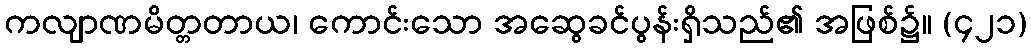
ကလျာဏမိတ္တတာယ၊ ကောင်းသော အဆွေခင်ပွန်းရှိသည်၏ အဖြစ်၌။ (၄၂၁)